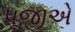
પૂજીએ